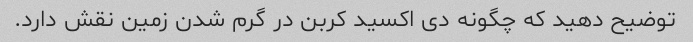
توضیح دهید که چگونه دی اکسید کربن در گرم شدن زمین نقش دارد.